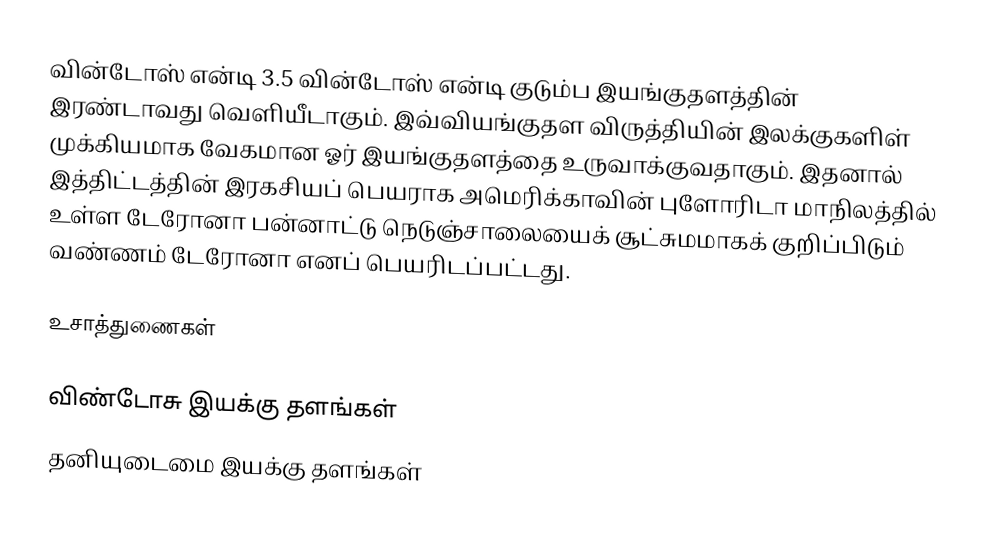
வின்டோஸ் என்டி 3.5 வின்டோஸ் என்டி குடும்ப இயங்குதளத்தின் இரண்டாவது வெளியீடாகும். இவ்வியங்குதள விருத்தியின் இலக்குகளிள் முக்கியமாக வேகமான ஓர் இயங்குதளத்தை உருவாக்குவதாகும். இதனால் இத்திட்டத்தின் இரகசியப் பெயராக அமெரிக்காவின் புளோரிடா மாநிலத்தில் உள்ள டேரோனா பன்னாட்டு நெடுஞ்சாலையைக் சூட்சுமமாகக் குறிப்பிடும் வண்ணம் டேரோனா எனப் பெயரிடப்பட்டது.

உசாத்துணைகள்

விண்டோசு இயக்கு தளங்கள்
தனியுடைமை இயக்கு தளங்கள்